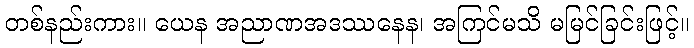
တစ်နည်းကား။ ယေန အညာဏအဒဿနေန၊ အကြင်မသိ မမြင်ခြင်းဖြင့်။